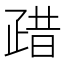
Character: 𱱈